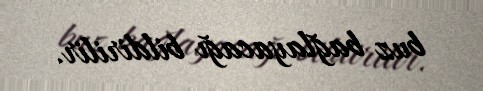
buz bağlayacağı bildirilir.